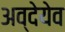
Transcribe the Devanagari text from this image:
अव्देयेव